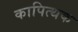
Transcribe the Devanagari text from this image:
कापित्थक